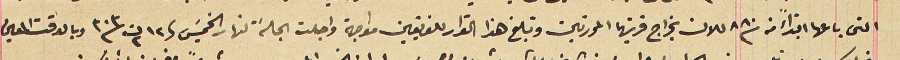
التى باعها ابتداءً من سنة ٨٨٠ للان بخراج قريتها المحررتين وتبلغ هذا القرار للفريقين مواجهة واجلت الجلسَة لنهار الخميسَ فى ١٢ ت٢ سنة ٣٠٣ وبالوقت المعين